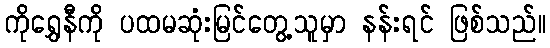
ကိုရွှေနီကို ပထမဆုံးမြင်တွေ့သူမှာ နန်းရင် ဖြစ်သည်။